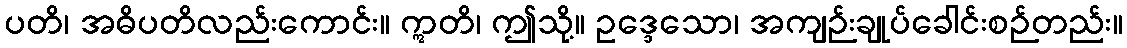
ပတိ၊ အဓိပတိလည်းကောင်း။ ဣတိ၊ ဤသို့။ ဥဒ္ဒေသော၊ အကျဉ်းချုပ်ခေါင်းစဉ်တည်း။